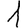
Digit: 1